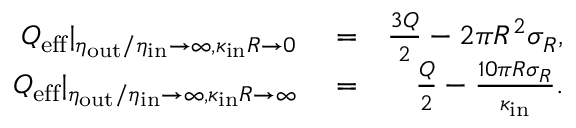
\begin{array} { r l r } { Q _ { \mathrm { e f f } } | _ { \eta _ { \mathrm { o u t } } / \eta _ { \mathrm { i n } } \to \infty , \kappa _ { \mathrm { i n } } R \to 0 } } & { { } = } & { \frac { 3 Q } { 2 } - 2 \pi R ^ { 2 } \sigma _ { R } , } \\ { Q _ { \mathrm { e f f } } | _ { \eta _ { \mathrm { o u t } } / \eta _ { \mathrm { i n } } \to \infty , \kappa _ { \mathrm { i n } } R \to \infty } } & { { } = } & { \frac { Q } { 2 } - \frac { 1 0 \pi R \sigma _ { R } } { \kappa _ { \mathrm { i n } } } . } \end{array}